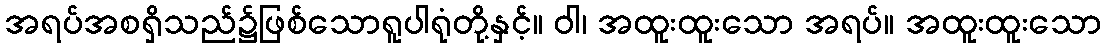
အရပ်အစရှိသည်၌ဖြစ်သောရူပါရုံတို့နှင့်။ ဝါ၊ အထူးထူးသော အရပ်။ အထူးထူးသော